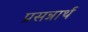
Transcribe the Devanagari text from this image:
प्रसन्नार्थ